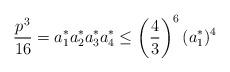
LaTeX: \begin{align*}\frac{p^{3}}{16} = a_{1}^{*} a_{2}^{*} a_{3}^{*} a_{4}^{*} \leq\left(\frac{4}{3}\right)^{6} (a_{1}^{*})^{4}\end{align*}